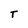
Character: T